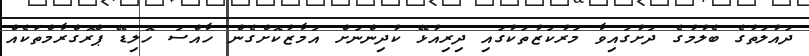
ދައުލަތުގެ ބެލުމުގެ ދަށުގައިވާ މަރުކަޒުތަކުގައި ދިރިއުޅޭ ކުދިންނަށް އަމާޒުކޮށްގެން ހާއްސަ ހޮލިޑޭ ޕްރޮގްރާމްތަކެއް